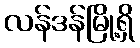
လန်ဒန်မြို့ရှိ